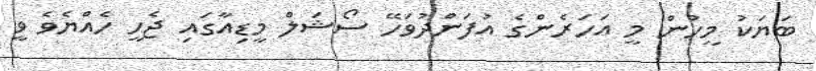
ބަޔަކު މީހުން މީ އަހަރެންގެ އުފަންދުވަހޭ ސޯޝަލް މީޑިއާގައި ޖެހީ ހެއްޔެވެ ވީ